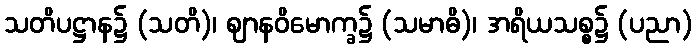
သတိပဋ္ဌာန၌ (သတိ)၊ ဈာနဝိမောက္ခ၌ (သမာဓိ)၊ အရိယသစ္စ၌ (ပညာ)